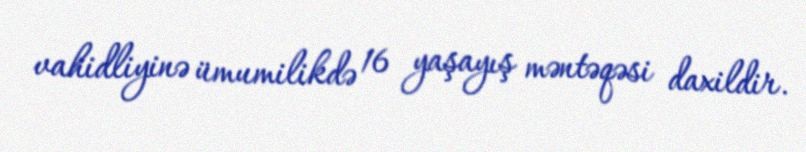
vahidliyinə ümumilikdə 16 yaşayış məntəqəsi daxildir.